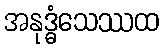
အနုဒ္ဓံသေဿထ